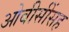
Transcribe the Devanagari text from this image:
ओबीसींसह